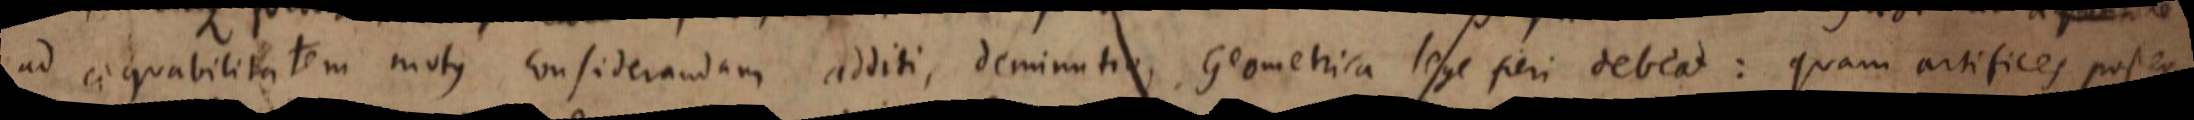
ad aequabilitatem motus considerandam additi, deminutio, Geometrica lege fieri debeat: quam artifices postea